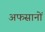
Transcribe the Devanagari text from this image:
अफसानों